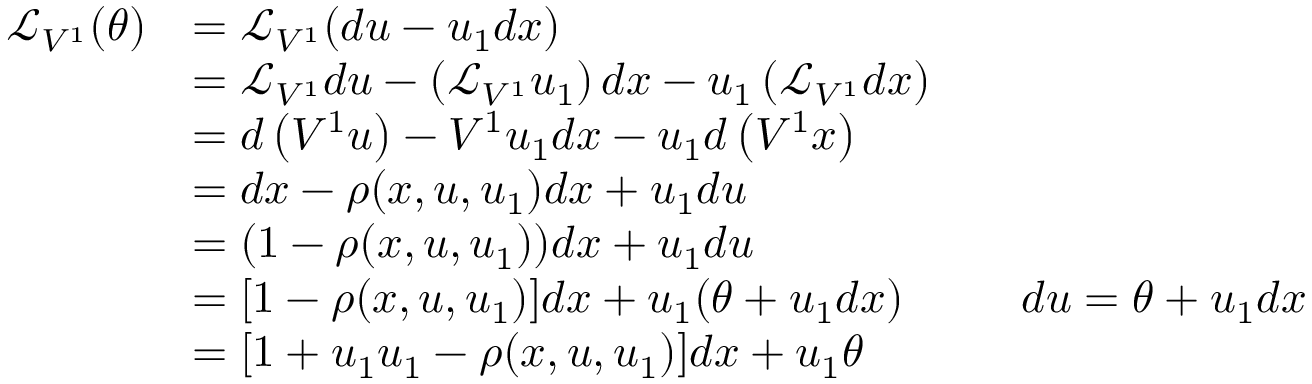
{ \begin{array} { r l r l } { { \mathcal { L } } _ { V ^ { 1 } } ( \theta ) } & { = { \mathcal { L } } _ { V ^ { 1 } } ( d u - u _ { 1 } d x ) } \\ & { = { \mathcal { L } } _ { V ^ { 1 } } d u - \left( { \mathcal { L } } _ { V ^ { 1 } } u _ { 1 } \right) d x - u _ { 1 } \left( { \mathcal { L } } _ { V ^ { 1 } } d x \right) } \\ & { = d \left( V ^ { 1 } u \right) - V ^ { 1 } u _ { 1 } d x - u _ { 1 } d \left( V ^ { 1 } x \right) } \\ & { = d x - \rho ( x , u , u _ { 1 } ) d x + u _ { 1 } d u } \\ & { = ( 1 - \rho ( x , u , u _ { 1 } ) ) d x + u _ { 1 } d u } \\ & { = [ 1 - \rho ( x , u , u _ { 1 } ) ] d x + u _ { 1 } ( \theta + u _ { 1 } d x ) } & & { d u = \theta + u _ { 1 } d x } \\ & { = [ 1 + u _ { 1 } u _ { 1 } - \rho ( x , u , u _ { 1 } ) ] d x + u _ { 1 } \theta } \end{array} }